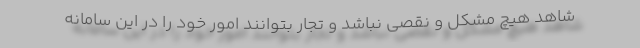
شاهد هیچ مشکل و نقصی نباشد و تجار بتوانند امور خود را در این سامانه